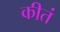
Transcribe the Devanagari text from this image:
कीतं